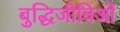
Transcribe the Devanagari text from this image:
बुद्धिजीविओं